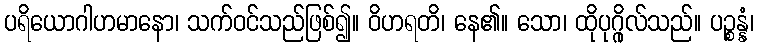
ပရိယောဂါဟမာနော၊ သက်ဝင်သည်ဖြစ်၍။ ဝိဟရတိ၊ နေ၏။ သော၊ ထိုပုဂ္ဂိုလ်သည်။ ပဉ္စန္နံ၊